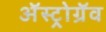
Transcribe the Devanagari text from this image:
अॅस्ट्रोग्रॅव